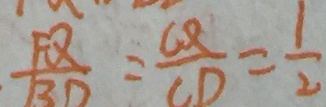
\frac { P Q } { B D } = \frac { C Q } { C D } = \frac { 1 } { 2 }